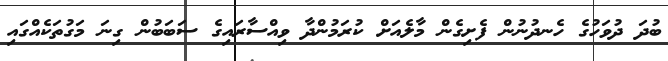
ބުދަ ދުވަހުގެ ހެނދުނުން ފެށިގެން މާލެއަށް ކުރަމުންދާ ވިއްސާރައިގެ ސަބަބުން ގިނަ މަގުތަކެއްގައި